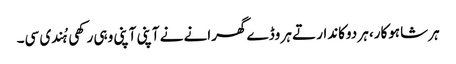
ہر شاہوکار، ہر دوکاندار تے ہر وڈے گھرانے نے آپنی آپنی وہی رکھی ہُندی سی۔